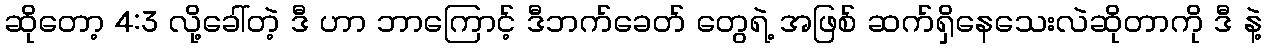
ဆိုတော့ 4:3 လို့ခေါ်တဲ့ ဒီ ဟာ ဘာကြောင့် ဒီဘက်ခေတ် တွေရဲ့ အဖြစ် ဆက်ရှိနေသေးလဲဆိုတာကို ဒီ နဲ့